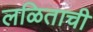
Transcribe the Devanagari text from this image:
लळिताची